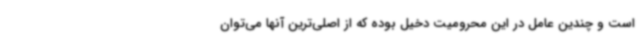
است و چندین عامل در این محرومیت دخیل بوده که از اصلی‌ترین آنها می‌توان